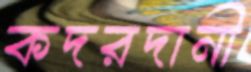
কদরদানী